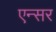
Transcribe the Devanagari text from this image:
एन्सर